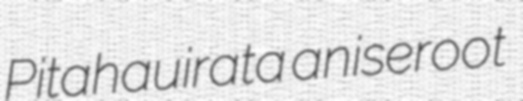
Pitahauirata aniseroot